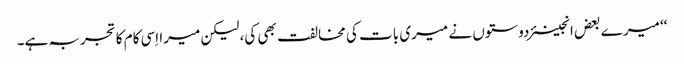
‘‘ میرے بعض انجینئر دوستوں نے میری بات کی مخالفت بھی کی، لیکن میرا اِسی کام کا تجربہ ہے۔